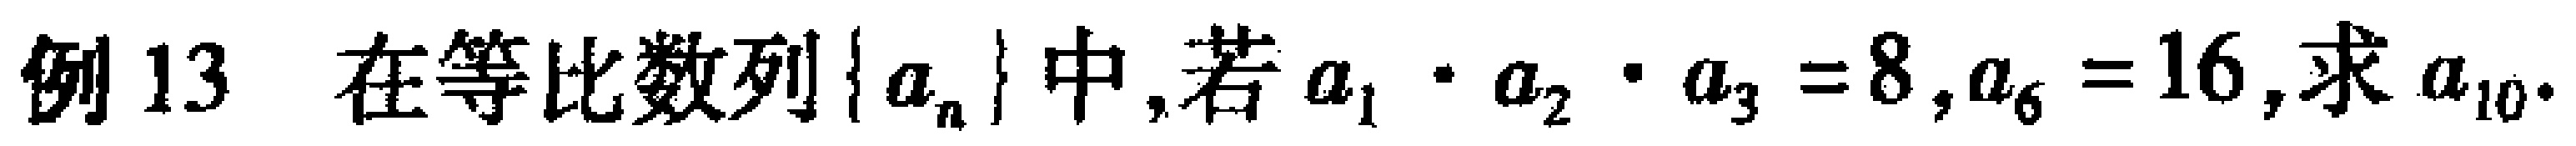
例13 在等比数列\(\{ a_{n}\}\)中,若\(a_{1}\cdot a_{2}\cdot a_{3}=8,a_{6}=16\),求\(a_{10}\).